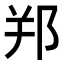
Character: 𨚜